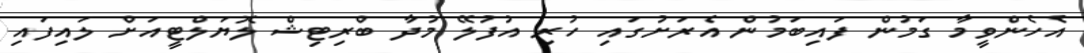
އެހެންވީމާ ގަމުން ފައިބަމުން އެރަށުގައި ހުރި އުފުލޭ މުދާ ބްރިޓިޝް ލޮޔަލްޓީއަށް ލައިފައި